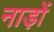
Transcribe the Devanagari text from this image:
नाड़ों